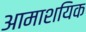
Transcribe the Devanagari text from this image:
आमाशयिक